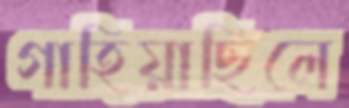
গাহিয়াছিলে